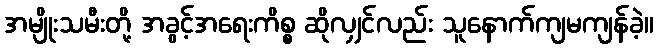
အမျိုးသမီးတို့ အခွင့်အရေးကိစ္စ ဆိုလျှင်လည်း သူနောက်ကျမကျန်ခဲ့။